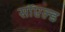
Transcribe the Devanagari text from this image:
सॉएल्ड